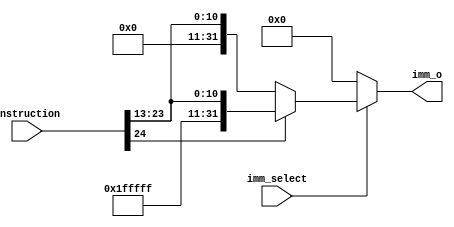
`timescale 1ns / 1ps
//////////////////////////////////////////////////////////////////////////////////
// Company: 
// Engineer: 
// 
// Design Name: 
// Module Name: Immediate_Picker
// Project Name: 
// Target Devices: 
// Tool Versions: 
// Description: 
// 
// Dependencies: 
// 
// Revision:
// Revision 0.01 - File Created
// Additional Comments:
// 
//////////////////////////////////////////////////////////////////////////////////


module Immediate_Picker(imm_o, instruction, imm_select);

input [24:0] instruction;
input imm_select;

output reg [31:0] imm_o;

reg [31:0] i_imm, s_imm, b_imm, u_imm, j_imm;

always@ (instruction, imm_select) begin
    if (instruction[24] == 1) begin
        i_imm = {21'h1fffff, instruction[23:13]};
        s_imm = {21'h1fffff, instruction[23:18], instruction[4:0]};
        b_imm = {20'hfffff, instruction[0], instruction[23:18], instruction[4:1], 1'b0};
        u_imm = {instruction[24:5], 12'd0};
        j_imm = {12'hfff, instruction[12:5], instruction[13], instruction[23:14], 1'b0};
    end
    else begin
        i_imm = {21'd0, instruction[23:13]};
        s_imm = {21'd0, instruction[23:18], instruction[4:0]};
        b_imm = {20'd0, instruction[0], instruction[23:18], instruction[4:1], 1'b0};
        u_imm = {instruction[24:5], 12'd0};
        j_imm = {12'd0, instruction[12:5], instruction[13], instruction[23:14], 1'b0};
    end
 end 
 
 always@ (instruction[24]) begin
    case (imm_select)
        1:  imm_o = i_imm;
        2:  imm_o = s_imm;
        3:  imm_o = b_imm;
        4:  imm_o = u_imm;
        5:  imm_o = j_imm;
        default: imm_o = 32'd0;
    endcase 
 end

endmodule